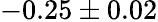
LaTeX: -0.25\pm 0.02